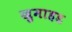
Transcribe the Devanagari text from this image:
खुमाहड